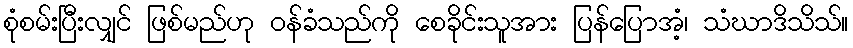
စုံစမ်းပြီးလျှင် ဖြစ်မည်ဟု ဝန်ခံသည်ကို စေခိုင်းသူအား ပြန်ပြောအံ့၊ သံဃာဒိသိသ်။